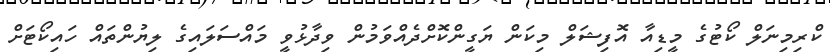
ކްރިމިނަލް ކޯޓުގެ މީޑިއާ އޮފިޝަލް މިކަން ޔަގީންކޮށްދެއްވަމުން ވިދާޅުވީ މައްސަލައިގެ ލިޔުންތައް ހައިކޯޓަށް